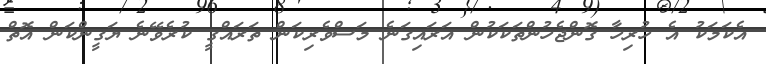
އެކަމަކު އެ ހުރިހާ ގޮންޖެހުންތަކަކުން އަރައިގަނެ މަސްވެރިކަން ތަރައްގީ ކުރެވޭނެ ޔަގީންކަން އޮތް